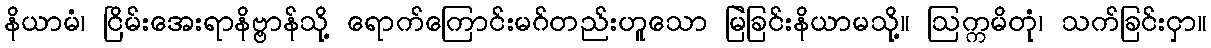
နိယာမံ၊ ငြိမ်းအေးရာနိဗ္ဗာန်သို့ ရောက်ကြောင်းမဂ်တည်းဟူသော မြဲခြင်းနိယာမသို့။ ဩက္ကမိတုံ၊ သက်ခြင်းငှာ။